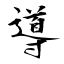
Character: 導